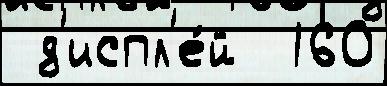
 д'испл'е́й  160